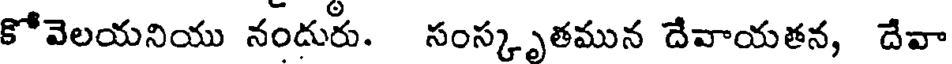
కోవెలయనియు నందురు. సంస్కృతమున దేవాయతన, దేవా